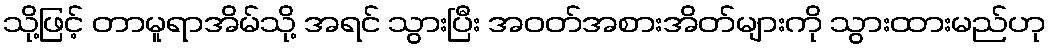
သို့ဖြင့် တာမူရာအိမ်သို့ အရင် သွားပြီး အဝတ်အစားအိတ်များကို သွားထားမည်ဟု